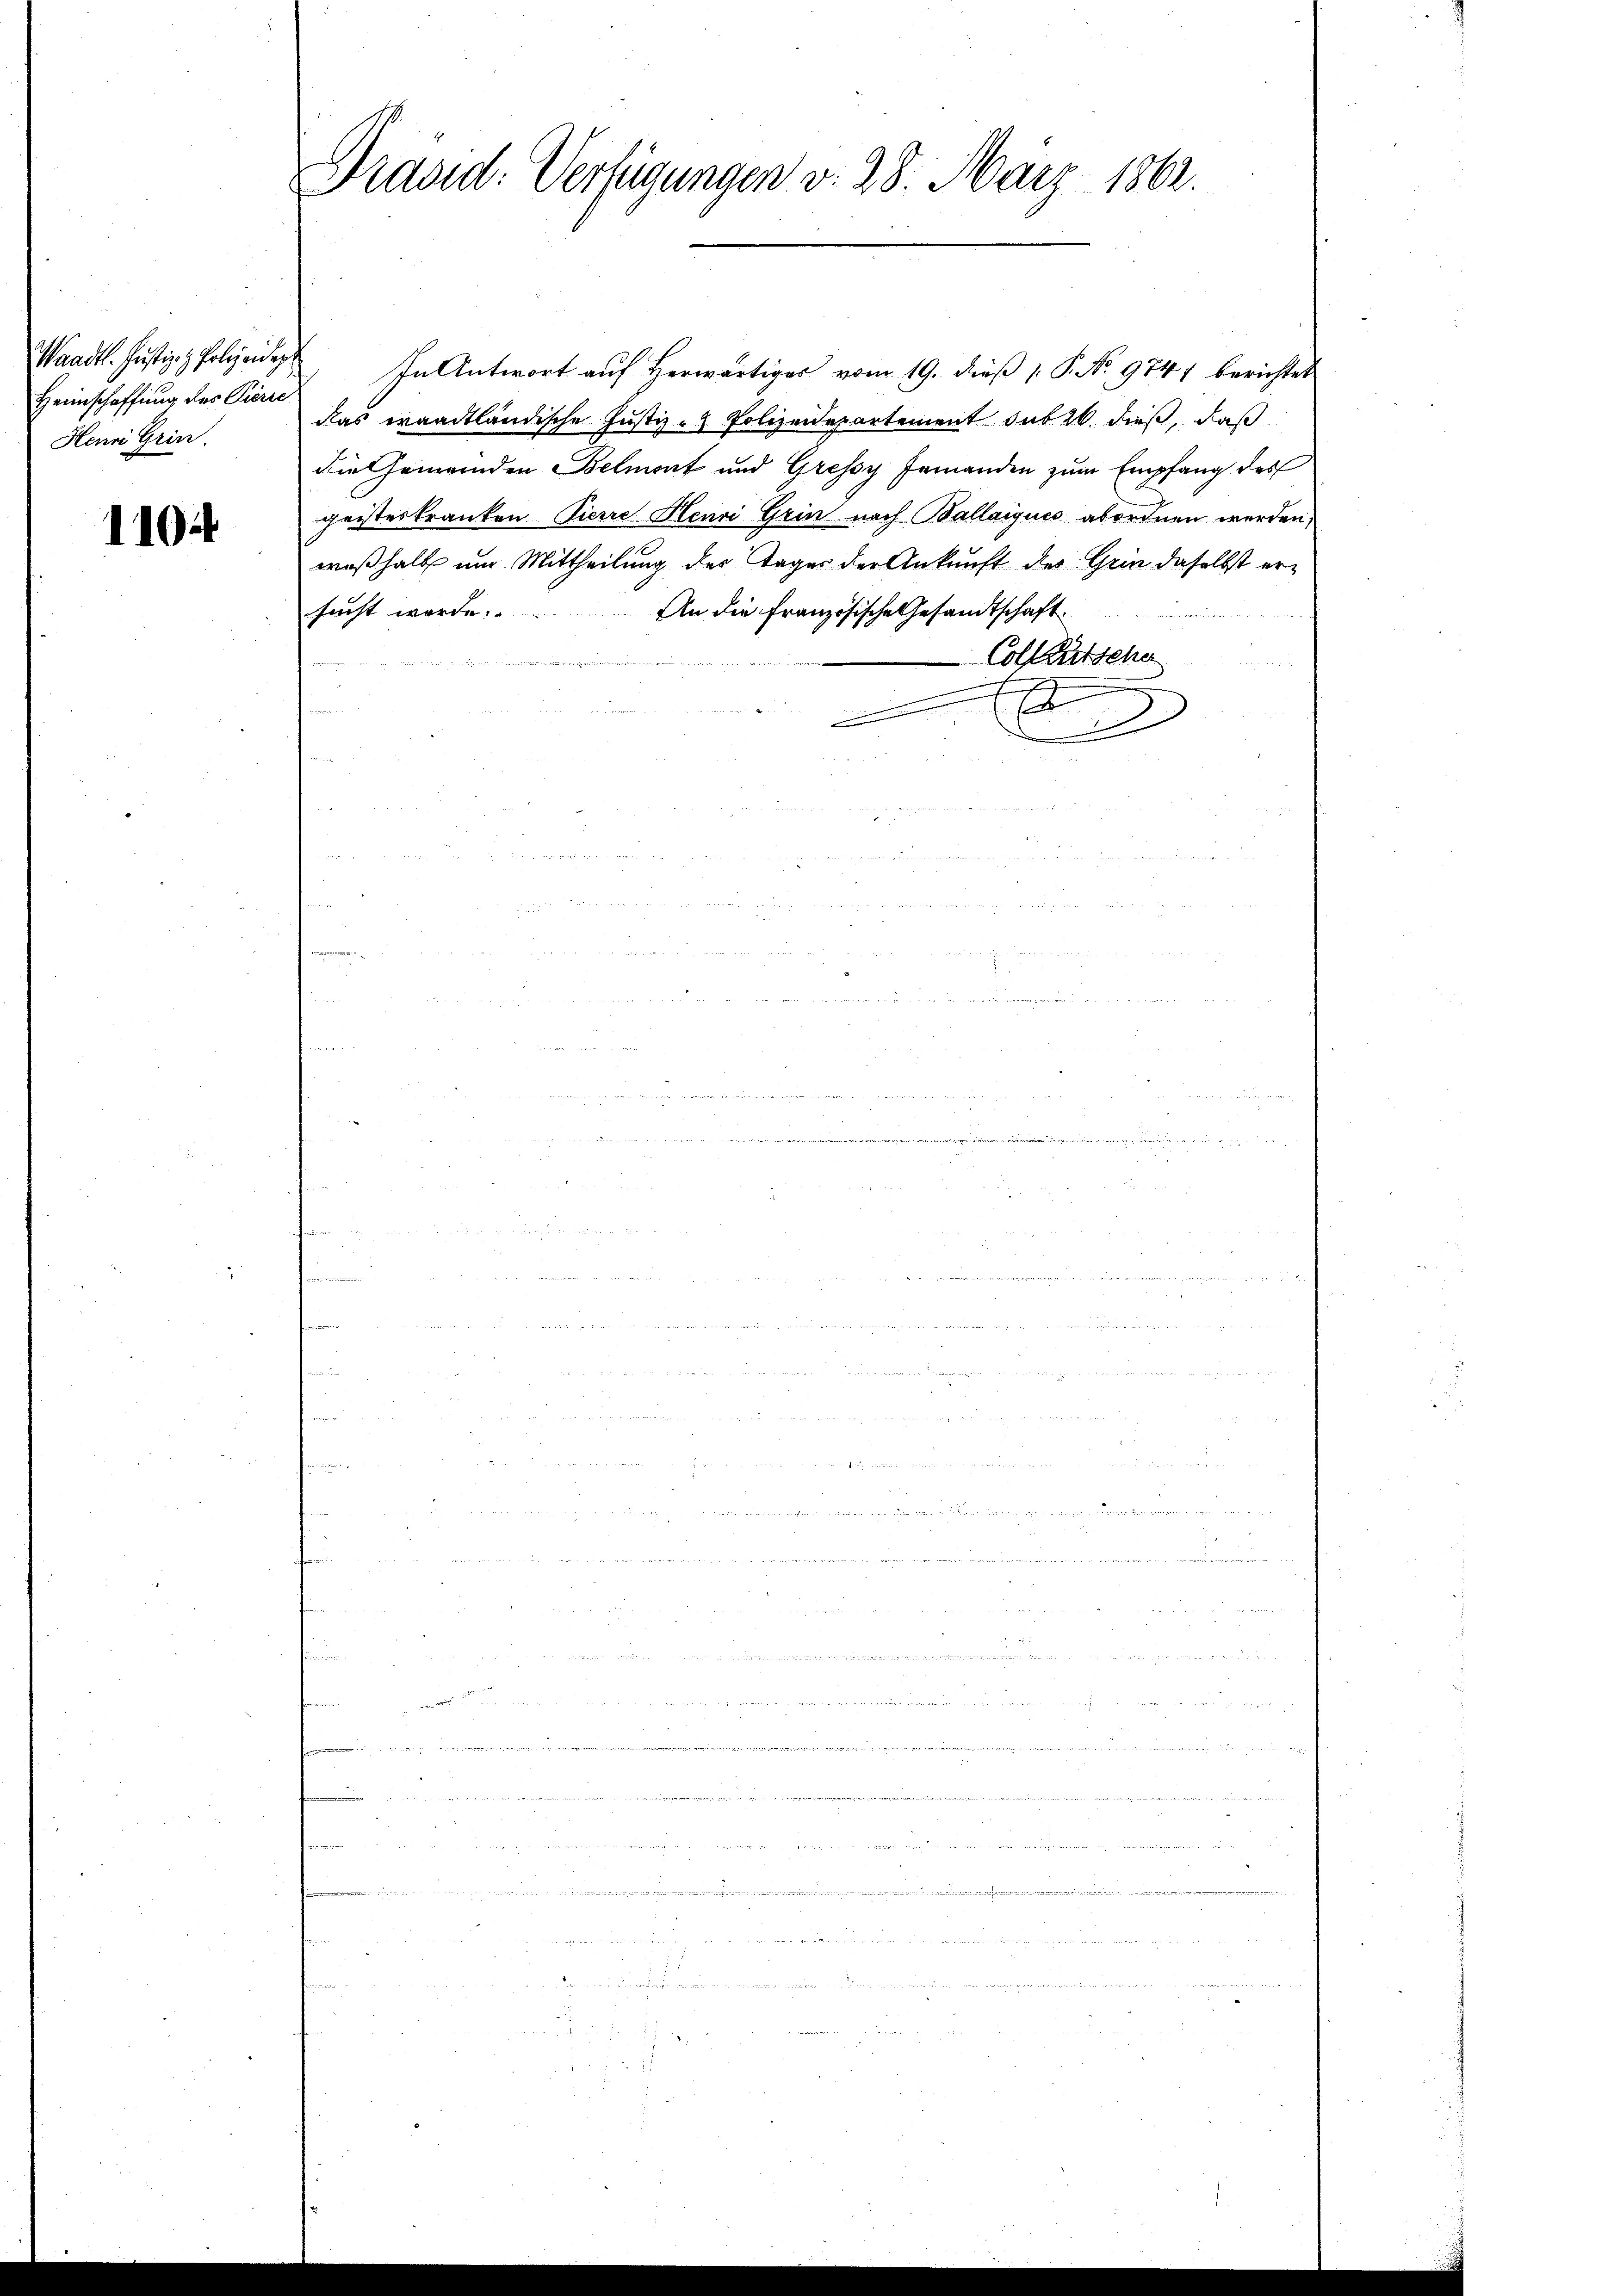
Heimschaffung des Pierre
Henri Grin.

1104

Draad: Verfügungen v. 28. März 1862.

Waadt. Jŭstiz & Polizei In Antwort aŭf herwärtiges vom 19. dieβ 1. P. No 974) berichtet
das waadtländische Justiz - Polizeidepartement sub 26. dieß, daß
die Gemeinden Belmont und Gressy Jemanden zum Empfang des
geisteskranken Pierre Henri Grin nach Ballaiques abordnen werden,
weßhalb um Mittheilung der Tages der Ankunft der Grin daselbst ersucht werde.
An die französische Gesandtschaft
Collautsche
1

.